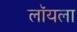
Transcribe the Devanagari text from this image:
लॉयला